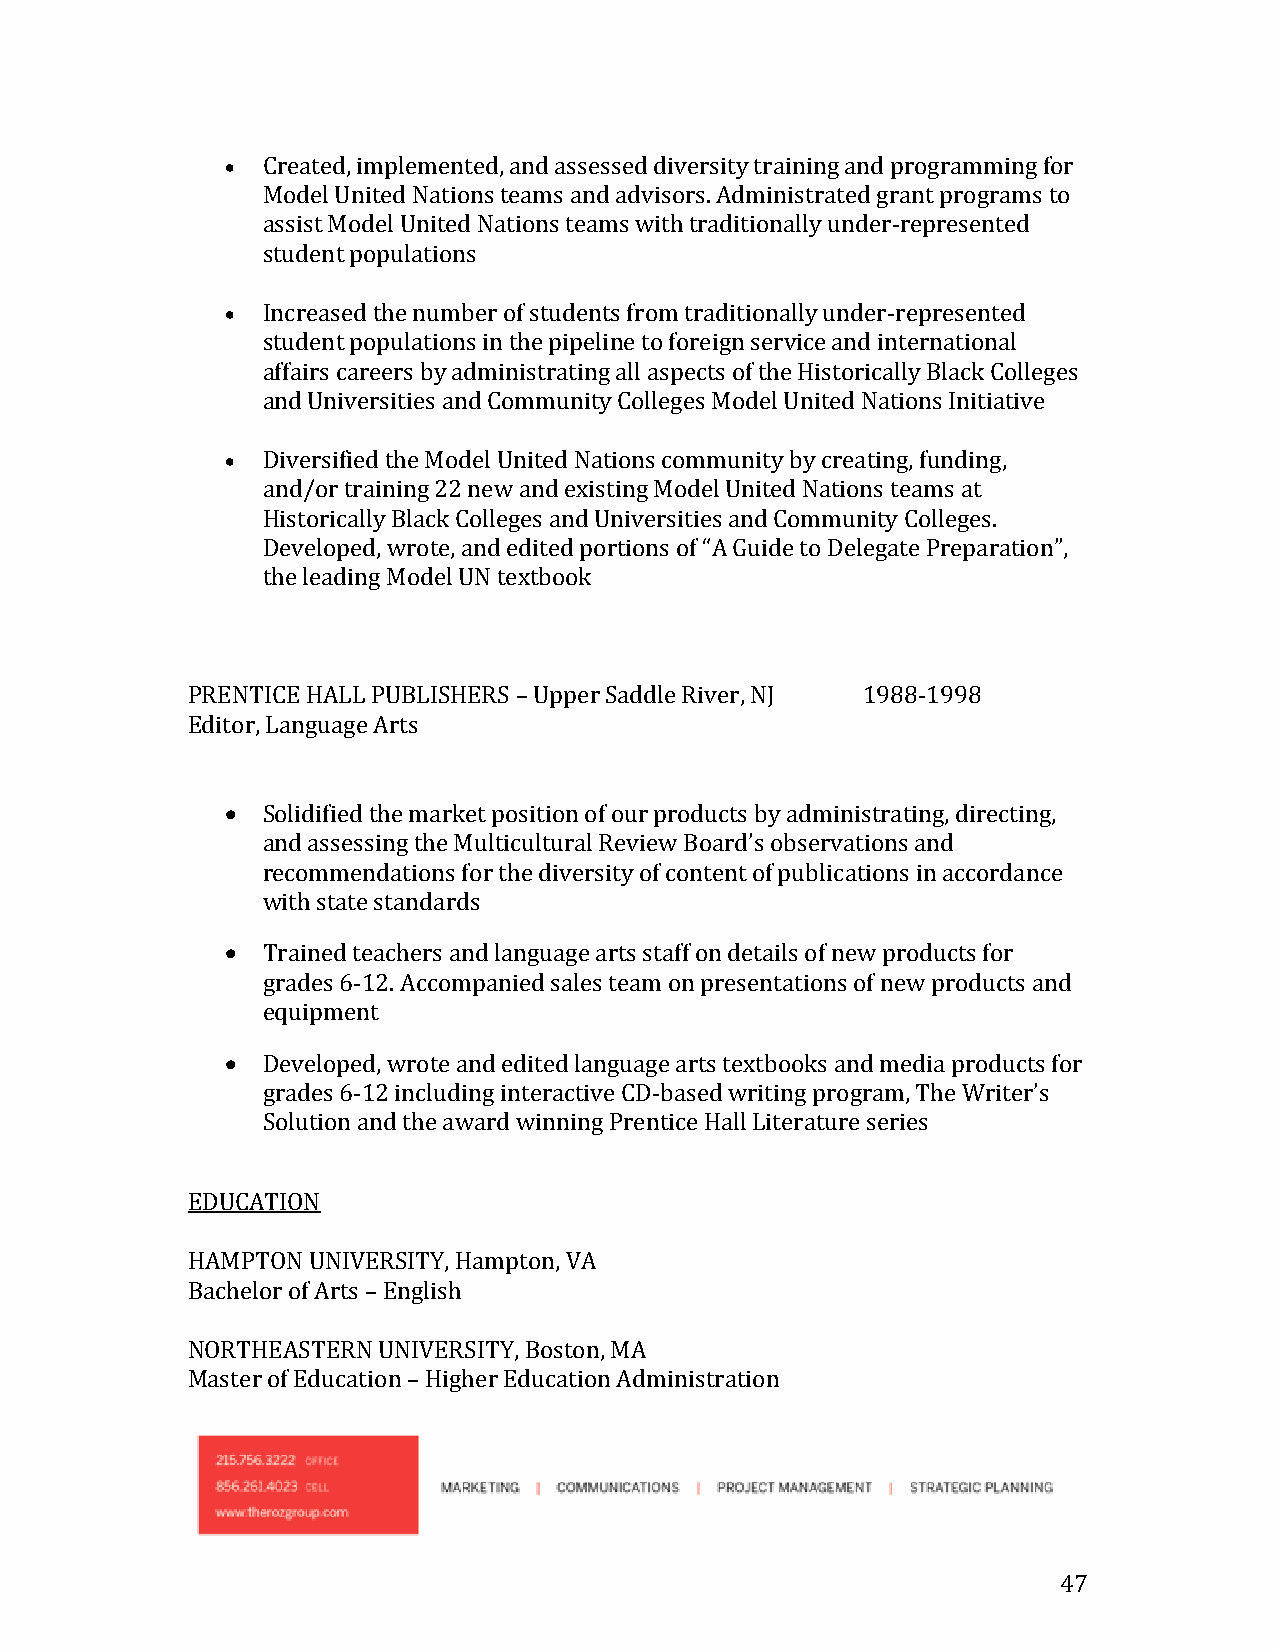
 Created, implemented, and assessed diversity training and programming for
 Model United Nations teams and advisors. Administrated grant programs to
 assist Model United Nations teams with traditionally under-represented
 student populations
  Increased the number of students from traditionally under-represented
 student populations in the pipeline to foreign service and international
 affairs careers by administrating all aspects of the Historically Black Colleges
 and Universities and Community Colleges Model United Nations Initiative
  Diversified the Model United Nations community by creating, funding,
 and/or training 22 new and existing Model United Nations teams at
 Historically Black Colleges and Universities and Community Colleges.
 Developed, wrote, and edited portions of “A Guide to Delegate Preparation”,
 the leading Model UN textbook
 PRENTICE HALL PUBLISHERS – Upper Saddle River, NJ 1988-1998
 Editor, Language Arts
  Solidified the market position of our products by administrating, directing,
 and assessing the Multicultural Review Board’s observations and
 recommendations for the diversity of content of publications in accordance
 with state standards
  Trained teachers and language arts staff on details of new products for
 grades 6-12. Accompanied sales team on presentations of new products and
 equipment
  Developed, wrote and edited language arts textbooks and media products for
 grades 6-12 including interactive CD-based writing program, The Writer’s
 Solution and the award winning Prentice Hall Literature series
 EDUCATION
 HAMPTON UNIVERSITY, Hampton, VA
 Bachelor of Arts – English
 NORTHEASTERN UNIVERSITY, Boston, MA
 Master of Education – Higher Education Administration
 47